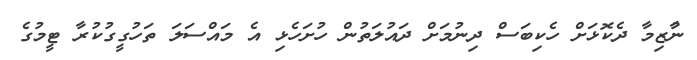
ނާުޒިމާ ދެކޮޅަށް ހެކިބަސް ދިނުމަށް ދައުލަތުން ހުށަހެޅި އެ މައްސަލަ ތަހުގީގުކުރާ ޓީމުގެ